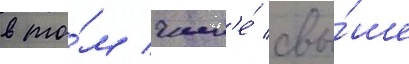
в то́м числ'е́ свы́ше